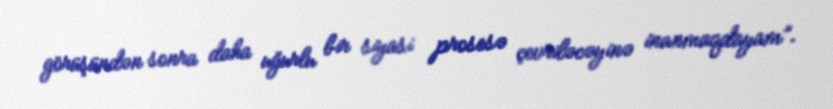
görüşündən sonra daha uğurlu bir siyasi prosesə çevriləcəyinə inanmaqdayam”.